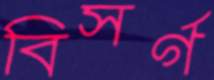
বিসর্গ